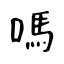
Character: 嗎